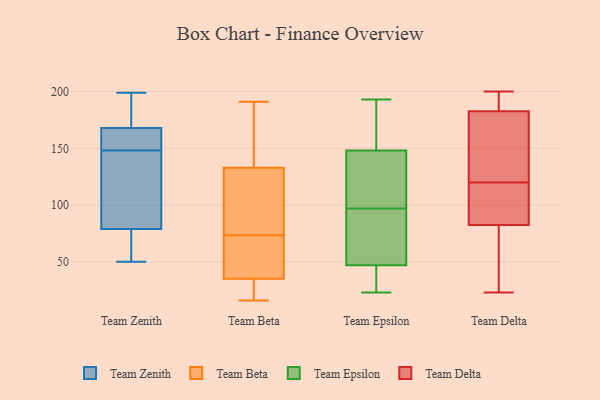
{"axis": {"x": "Tickets Resolved", "y": "Value"}, "legend": ["Team Beta", "Team Delta", "Team Epsilon", "Team Zenith"], "data": [{"x": "", "y": 146, "type": "Team Zenith"}, {"x": "", "y": 79, "type": "Team Zenith"}, {"x": "", "y": 174, "type": "Team Zenith"}, {"x": "", "y": 150, "type": "Team Zenith"}, {"x": "", "y": 100, "type": "Team Zenith"}, {"x": "", "y": 50, "type": "Team Zenith"}, {"x": "", "y": 168, "type": "Team Zenith"}, {"x": "", "y": 58, "type": "Team Zenith"}, {"x": "", "y": 199, "type": "Team Zenith"}, {"x": "", "y": 150, "type": "Team Zenith"}, {"x": "", "y": 68, "type": "Team Beta"}, {"x": "", "y": 35, "type": "Team Beta"}, {"x": "", "y": 31, "type": "Team Beta"}, {"x": "", "y": 113, "type": "Team Beta"}, {"x": "", "y": 26, "type": "Team Beta"}, {"x": "", "y": 24, "type": "Team Beta"}, {"x": "", "y": 191, "type": "Team Beta"}, {"x": "", "y": 133, "type": "Team Beta"}, {"x": "", "y": 79, "type": "Team Beta"}, {"x": "", "y": 137, "type": "Team Beta"}, {"x": "", "y": 48, "type": "Team Beta"}, {"x": "", "y": 151, "type": "Team Beta"}, {"x": "", "y": 16, "type": "Team Beta"}, {"x": "", "y": 45, "type": "Team Beta"}, {"x": "", "y": 187, "type": "Team Beta"}, {"x": "", "y": 66, "type": "Team Beta"}, {"x": "", "y": 96, "type": "Team Beta"}, {"x": "", "y": 122, "type": "Team Beta"}, {"x": "", "y": 115, "type": "Team Epsilon"}, {"x": "", "y": 171, "type": "Team Epsilon"}, {"x": "", "y": 99, "type": "Team Epsilon"}, {"x": "", "y": 47, "type": "Team Epsilon"}, {"x": "", "y": 74, "type": "Team Epsilon"}, {"x": "", "y": 101, "type": "Team Epsilon"}, {"x": "", "y": 148, "type": "Team Epsilon"}, {"x": "", "y": 23, "type": "Team Epsilon"}, {"x": "", "y": 72, "type": "Team Epsilon"}, {"x": "", "y": 95, "type": "Team Epsilon"}, {"x": "", "y": 110, "type": "Team Epsilon"}, {"x": "", "y": 193, "type": "Team Epsilon"}, {"x": "", "y": 25, "type": "Team Epsilon"}, {"x": "", "y": 39, "type": "Team Epsilon"}, {"x": "", "y": 171, "type": "Team Epsilon"}, {"x": "", "y": 28, "type": "Team Epsilon"}, {"x": "", "y": 74, "type": "Team Epsilon"}, {"x": "", "y": 152, "type": "Team Epsilon"}, {"x": "", "y": 110, "type": "Team Delta"}, {"x": "", "y": 186, "type": "Team Delta"}, {"x": "", "y": 200, "type": "Team Delta"}, {"x": "", "y": 120, "type": "Team Delta"}, {"x": "", "y": 56, "type": "Team Delta"}, {"x": "", "y": 76, "type": "Team Delta"}, {"x": "", "y": 197, "type": "Team Delta"}, {"x": "", "y": 107, "type": "Team Delta"}, {"x": "", "y": 170, "type": "Team Delta"}, {"x": "", "y": 193, "type": "Team Delta"}, {"x": "", "y": 173, "type": "Team Delta"}, {"x": "", "y": 126, "type": "Team Delta"}, {"x": "", "y": 102, "type": "Team Delta"}, {"x": "", "y": 35, "type": "Team Delta"}, {"x": "", "y": 23, "type": "Team Delta"}]}